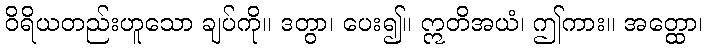
ဝိရိယတည်းဟူသော ချပ်ကို။ ဒတွာ၊ ပေး၍။ ဣတိအယံ၊ ဤကား။ အတ္ထော၊